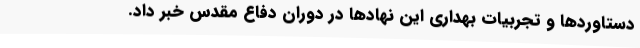
دستاوردها و تجربیات بهداری این نهادها در دوران دفاع مقدس خبر داد.